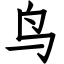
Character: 鸟